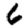
Digit: 6